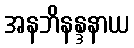
အနဘိနန္ဒနာယ